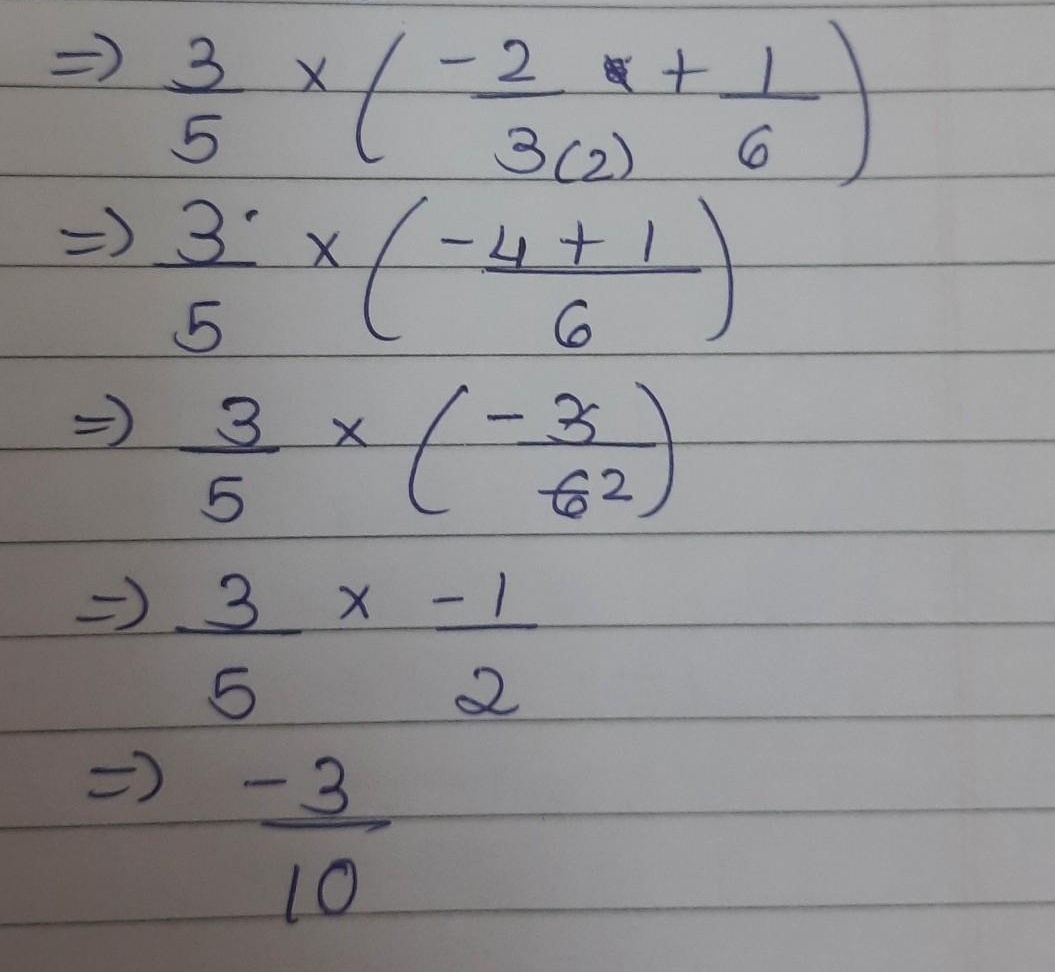
\[\begin{align*}
&\Rightarrow\frac{3}{5}\times\left(\frac{-2}{3\times(2)}+\frac{1}{6}\right)\\
&\Rightarrow\frac{3}{5}\times\left(\frac{-4 + 1}{6}\right)\\
&\Rightarrow\frac{3}{5}\times\left(\frac{-3}{6}\right)\\
&\Rightarrow\frac{3}{5}\times\frac{-1}{2}\\
&\Rightarrow\frac{-3}{10}
\end{align*}\]
注意这里将$3(2)$修正为$3\times(2)$，使乘法运算表达更清晰。